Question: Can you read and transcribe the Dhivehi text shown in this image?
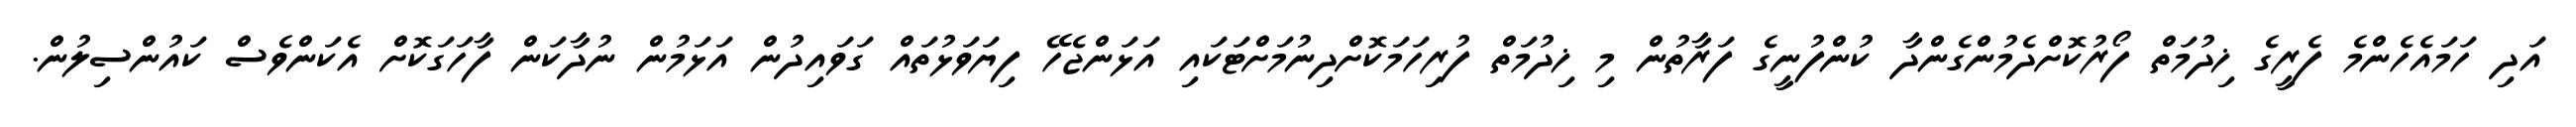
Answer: އަދި ހަމައެހެންމެ ފެރީގެ ޚިދުމަތް ފޯރުކޮށްދެމުންގެންދާ ކުންފުނީގެ ފަރާތުން މި ޚިދުމަތް ފުރިހަމަކޮށްދިނުމަށްޓަކައި އަޅަންޖެހޭ ފިޔަވަޅުތައް ގަވައިދުން އަޅަމުން ނުދާކަން ފާހަގަކޮށް އެކަންވެސް ކައުންސިލުން.